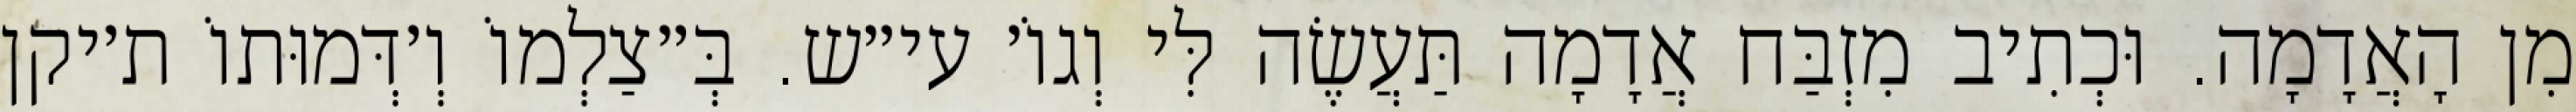
מִן הָאֲדָמָה. וּכְתִיב מִזְבַּח אֲדָמָה תַּעֲשֶׂה לִּי וְגוֹ׳ עי״ש. בְּ״צַלְמוֹ וְ׳דְּמוּתוֹ ת׳יקן